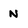
Character: N